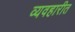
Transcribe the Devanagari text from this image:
व्यवहारीत